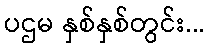
ပဌမ နှစ်နှစ်တွင်း...